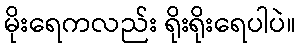
မိုးရေကလည်း ရိုးရိုးရေပါပဲ။